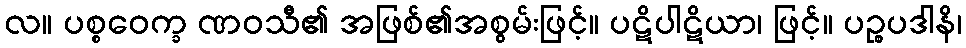
လ။ ပစ္စဝေက္ခ ဏဝသီ၏ အဖြစ်၏အစွမ်းဖြင့်။ ပဋိပါဋိယာ၊ ဖြင့်။ ပဉ္စပဒါနိ၊